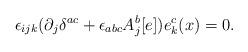
LaTeX: \begin{align*}\epsilon_{ijk}(\partial_{j}\delta^{ac}+\epsilon_{abc}A_{j}^{b}[e])e_{k}^{c}(x)=0.\end{align*}